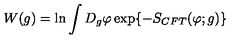
W ( g ) = \ln \int D _ { g } \varphi \exp \{ - S _ { C F T } ( \varphi ; g ) \}